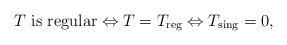
LaTeX: \begin{align*} T \mbox{ is regular} \Leftrightarrow T=T_{\rm reg} \Leftrightarrow T_{\rm sing}=0,\end{align*}